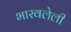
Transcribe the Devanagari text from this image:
भारवलेली